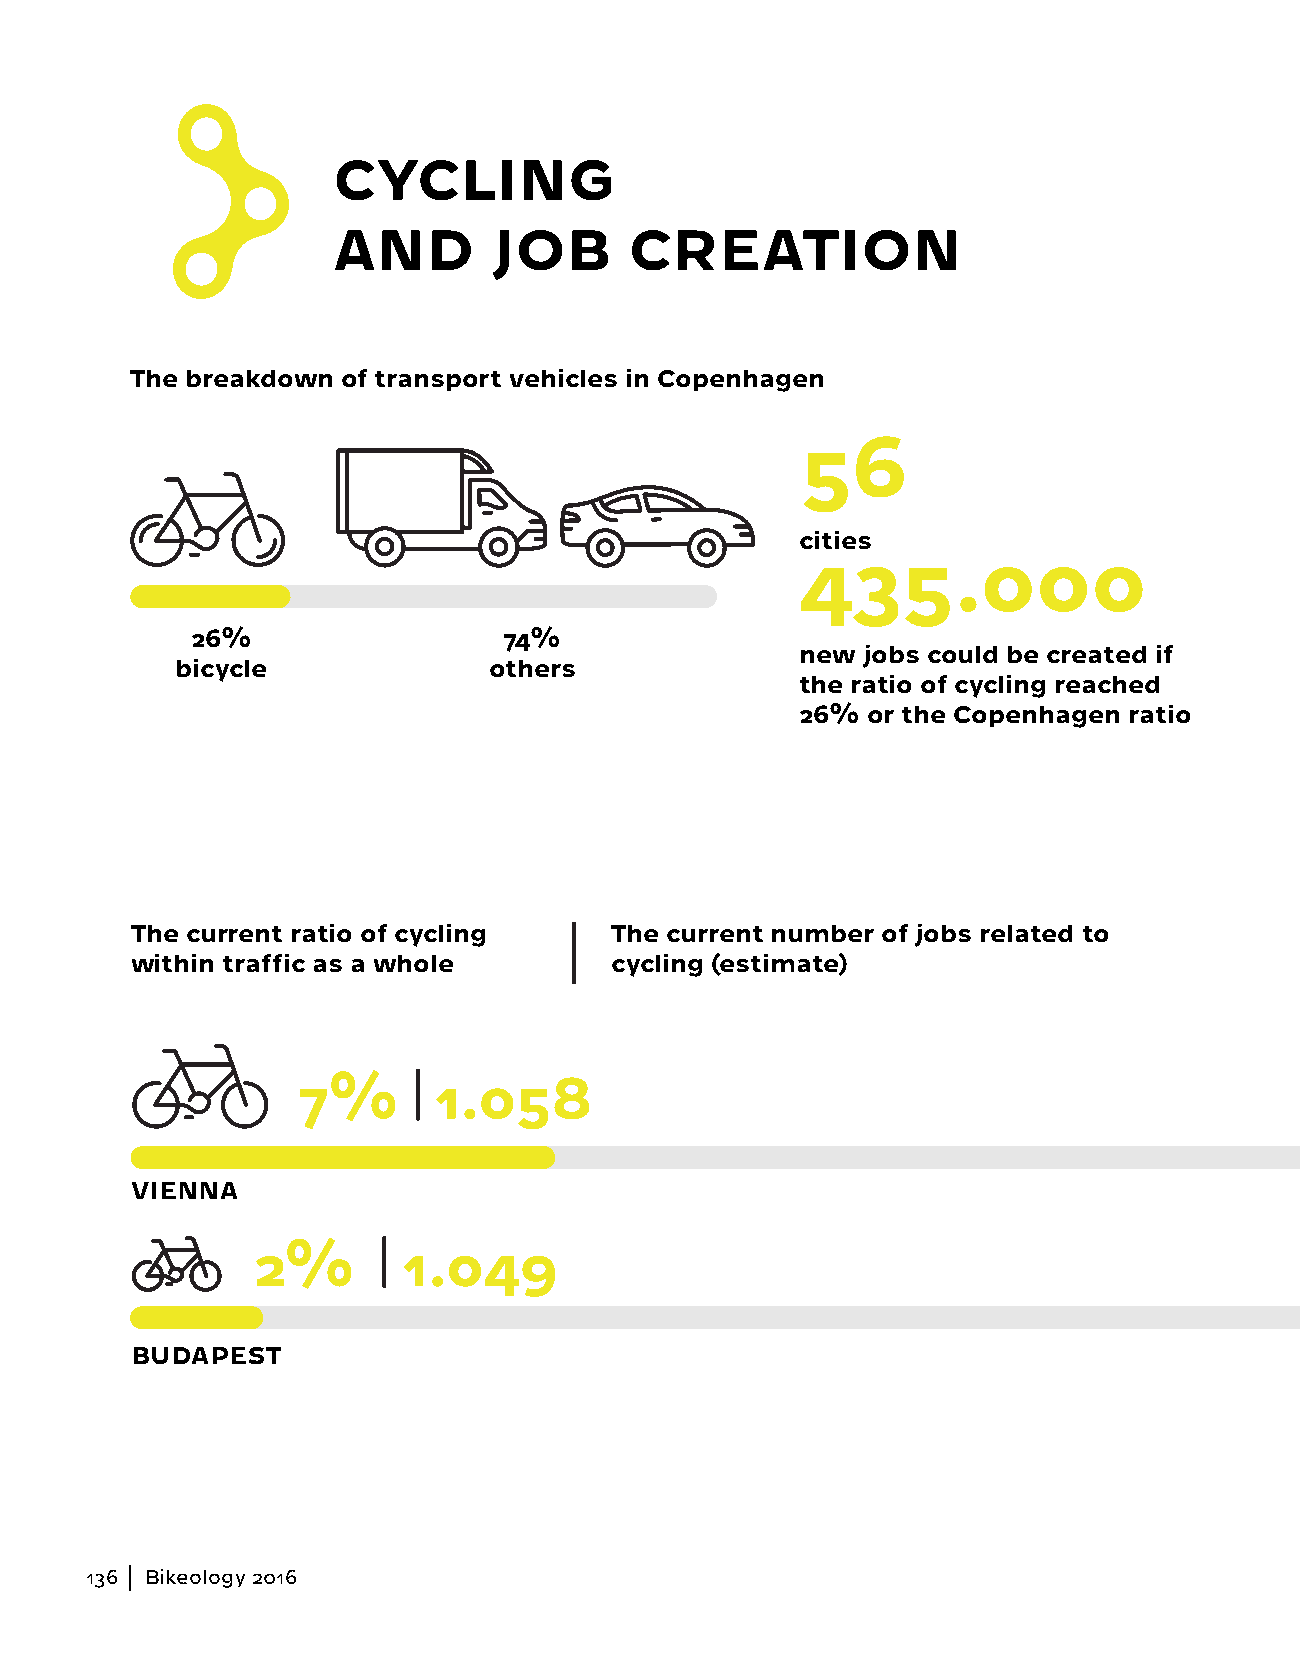
CYCLING
 AND        JOB      CREATION
 The breakdown of transport vehicles in Copenhagen
 56
 cities
 435.000
 26%                 74%
 new jobs could be created if
 bicycle             others
 the ratio of cycling reached
 26% or the Copenhagen ratio
 The current ratio of cycling   The current number of jobs related to
 within traffic as a whole      cycling (estimate)
 7%       1.058
 VIENNA
 2%        1.049
 BUDAPEST
 136 Bikeology 2016